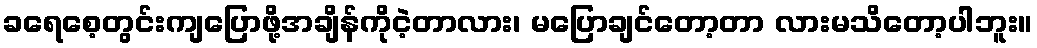
ခရေစေ့တွင်းကျပြောဖို့အချိန်ကိုငဲ့တာလား၊ မပြောချင်တော့တာ လားမသိတော့ပါဘူး။